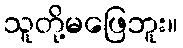
သူတို့မဖြေဘူး။